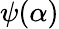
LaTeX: \psi(\alpha)